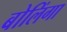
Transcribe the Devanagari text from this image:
बोलिंगा